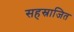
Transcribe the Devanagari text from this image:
सहस्राजित